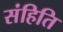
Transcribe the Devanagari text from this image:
संहिति